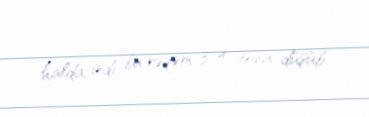
halda, indi bu rəqəm 3-4 tona düşüb.